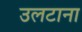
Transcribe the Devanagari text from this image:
उलटाना